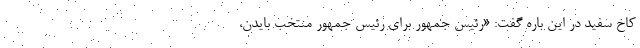
کاخ سفید در این باره گفت: «رئیس جمهور برای رئیس جمهور منتخب بایدن،